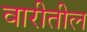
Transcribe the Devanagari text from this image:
वारीतील